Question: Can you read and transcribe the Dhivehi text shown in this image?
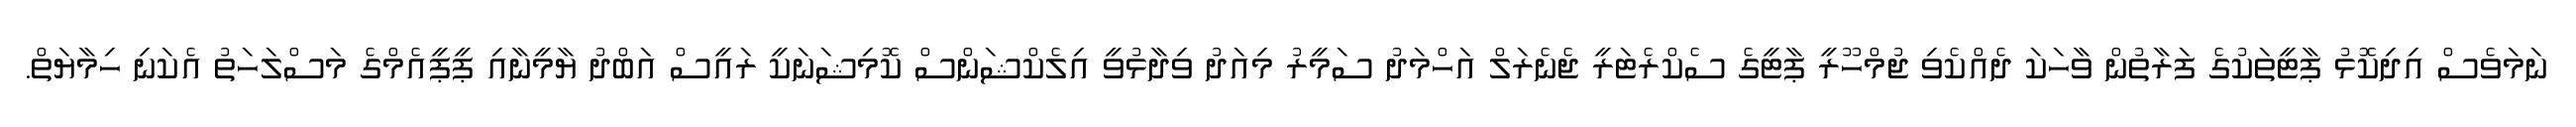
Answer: ނަމަވެސް އިދިކޮޅު ޕާޓީތަކުގެ ފަރާތުން ވާހަކަ ދެއްކެވި ޖުމްހޫރީ ޕާޓީގެ ސެކްރެޓަރީ ޖެނެރަލް އަހްމަދު ސަމީރު މިއަދު ވިދާޅުވީ އިލެކްޝަންސް ކޮމިޝަނަކީ ރައީސް އަބްދު ޔާމީނާއި ޕީޕީއެމްގެ މަސްލަހަތު އެކަނި ހިމާޔަތް.